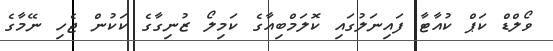
ވޯލްޑް ކަޕް ކުއާޓާ ފައިނަލުގައި ކޮލަމްބިއާގެ ކަމިލޯ ޒުނިގާގެ ކަކުން ޖެހި ނޭމާގެ